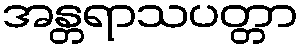
အန္တရာသပတ္တာ